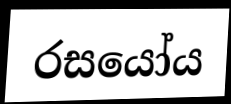
රසයෝය